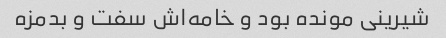
شیرینی مونده بود و خامه‌اش سفت و بدمزه